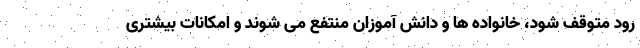
رود متوقف شود، خانواده ها و دانش آموزان منتفع می شوند و امکانات بیشتری